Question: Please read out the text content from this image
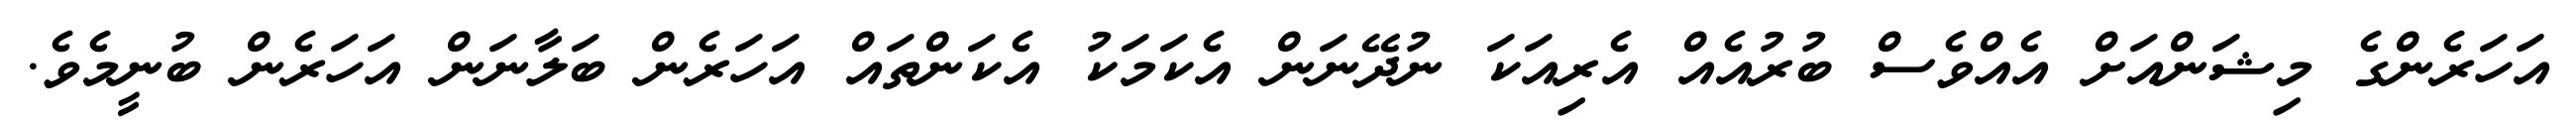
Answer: އަހަރެންގެ މިޝަންއަށް އެއްވެސް ބުރުއެއް އެރިއަކަ ނުދޭނަން އެކަމަކު އެކަންތައް އަހަރެން ބަލާނަން އަހަރެން ބުނީމެވެ.